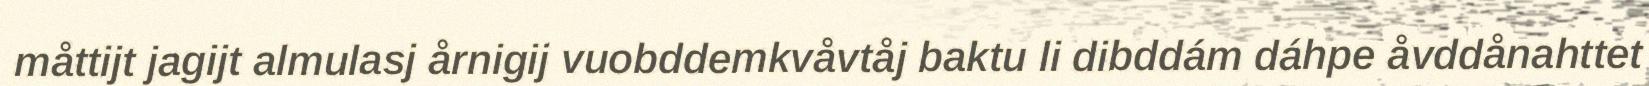
måttijt jagijt almulasj årnigij vuobddemkvåvtåj baktu li dibddám dáhpe åvddånahttet